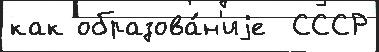
как образова́н'иjе  СССР